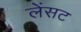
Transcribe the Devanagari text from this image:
लेंसट